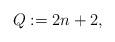
LaTeX: \begin{align*}Q := 2n+2,\end{align*}